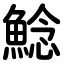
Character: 鯰